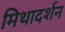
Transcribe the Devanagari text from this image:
मिथादर्शन